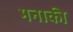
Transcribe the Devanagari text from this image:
मनाकी